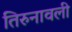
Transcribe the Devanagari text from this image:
तिरुनावली